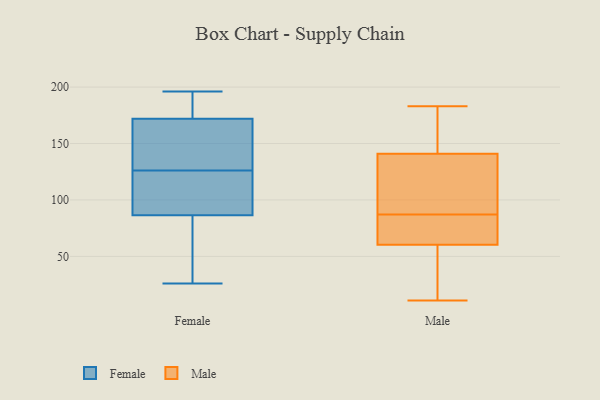
{"axis": {"x": "Budget (USD K)", "y": "Value"}, "legend": ["Female", "Male"], "data": [{"x": "", "y": 99, "type": "Female"}, {"x": "", "y": 74, "type": "Female"}, {"x": "", "y": 26, "type": "Female"}, {"x": "", "y": 128, "type": "Female"}, {"x": "", "y": 108, "type": "Female"}, {"x": "", "y": 34, "type": "Female"}, {"x": "", "y": 191, "type": "Female"}, {"x": "", "y": 124, "type": "Female"}, {"x": "", "y": 172, "type": "Female"}, {"x": "", "y": 196, "type": "Female"}, {"x": "", "y": 172, "type": "Female"}, {"x": "", "y": 148, "type": "Female"}, {"x": "", "y": 135, "type": "Male"}, {"x": "", "y": 172, "type": "Male"}, {"x": "", "y": 136, "type": "Male"}, {"x": "", "y": 68, "type": "Male"}, {"x": "", "y": 27, "type": "Male"}, {"x": "", "y": 60, "type": "Male"}, {"x": "", "y": 61, "type": "Male"}, {"x": "", "y": 87, "type": "Male"}, {"x": "", "y": 183, "type": "Male"}, {"x": "", "y": 142, "type": "Male"}, {"x": "", "y": 11, "type": "Male"}, {"x": "", "y": 66, "type": "Male"}, {"x": "", "y": 138, "type": "Male"}, {"x": "", "y": 29, "type": "Male"}, {"x": "", "y": 166, "type": "Male"}]}